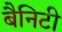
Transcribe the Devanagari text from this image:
बैनिटी